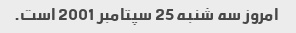
امروز سه شنبه 25 سپتامبر 2001 است.